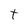
Character: t